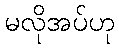
မလိုအပ်ဟု